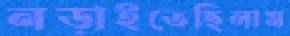
নড়াইতেছিলাম